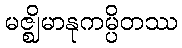
မဇ္ဈိမာနုကမ္ပိတဿ